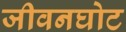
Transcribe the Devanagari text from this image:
जीवनघोट